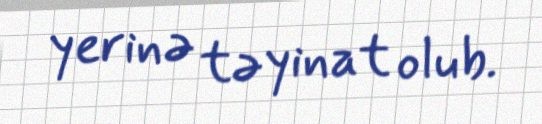
yerinə təyinat olub.